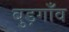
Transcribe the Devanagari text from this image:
बुड़गाँव